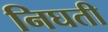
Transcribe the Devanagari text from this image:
निघती